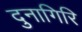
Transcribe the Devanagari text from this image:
दुनागिरि